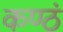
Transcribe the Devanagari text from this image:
कण्ठं